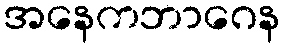
အနေကဘာဂေန